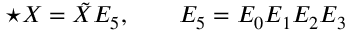
\star X = \tilde { X } E _ { 5 } , \qquad E _ { 5 } = E _ { 0 } E _ { 1 } E _ { 2 } E _ { 3 }